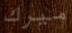
ميرك